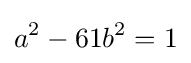
a^{2}-61b^{2}=1